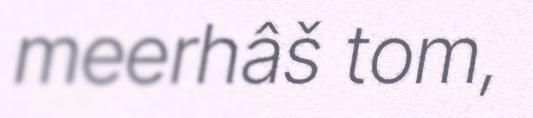
meerhâš tom,